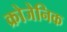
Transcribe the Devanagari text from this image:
क्रोजेनिक